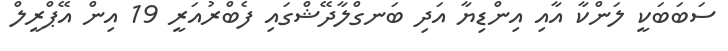
ސަބަބަކީ ލަންކާ އާއި އިންޑިޔާ އަދި ބަނގްލާދޭޝްގައި ފެބްރުއަރީ 19 އިން އޭޕްރީލް